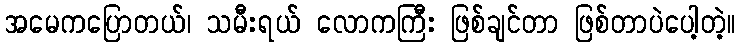
အမေကပြောတယ်၊ သမီးရယ် လောကကြီး ဖြစ်ချင်တာ ဖြစ်တာပဲပေါ့တဲ့။